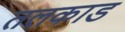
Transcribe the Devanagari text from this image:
तलकाड